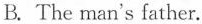
B. The man's father.